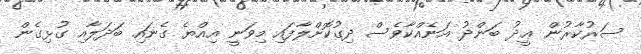
ސަރުކާރުން ޢީދު ބަންދު އަނެއްކާވެސް ދިގުކޮށްލާފައި މިވަނީ އިއްޔެ ގެނައި ބަދަލާއި ގުޅިގެން